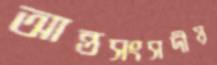
আন্তসংসদীয়